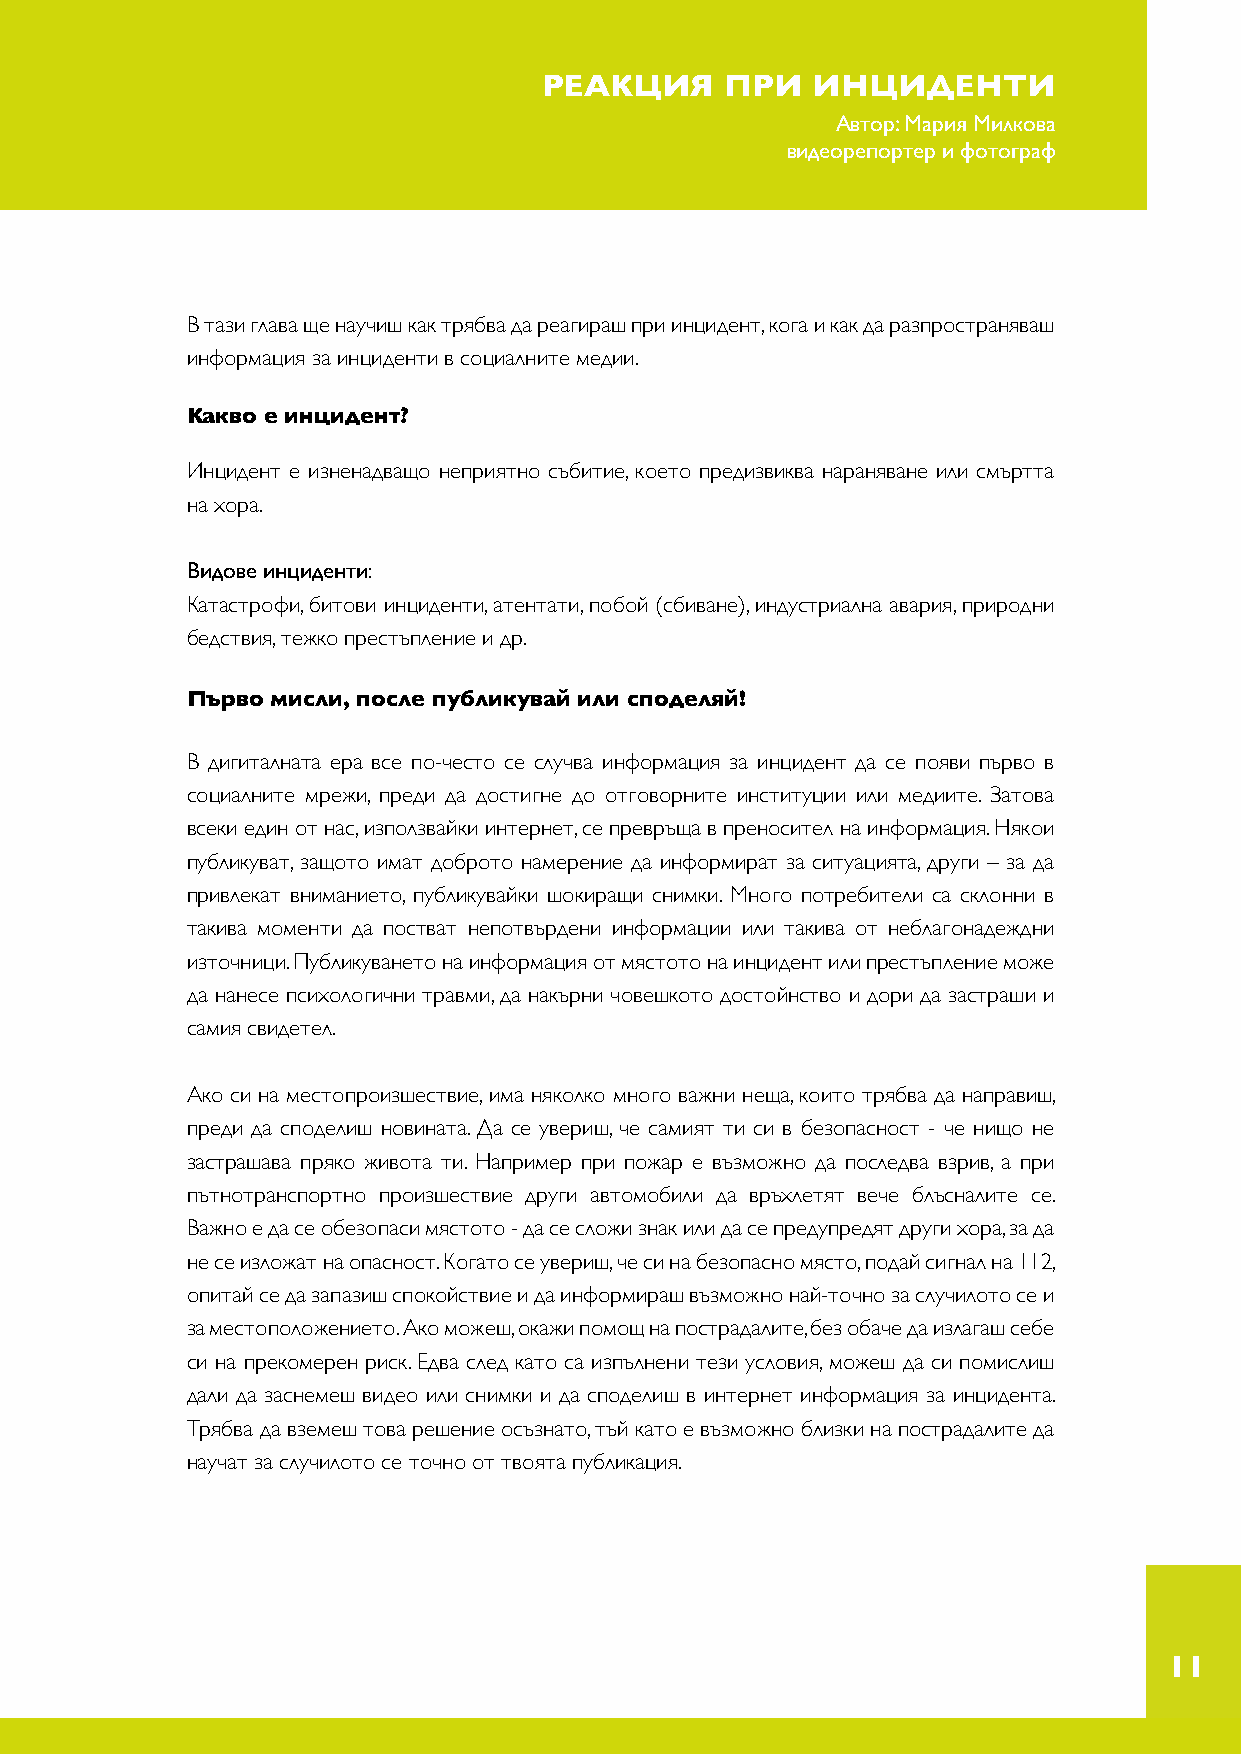
РЕАКЦИЯ     ПРИ   ИНЦИДЕНТИ
 Автор: Мария Милкова
 видеорепортер и фотограф
 В тази глава ще научиш как трябва да реагираш при инцидент, кога и как да разпространяваш
 информация за инциденти в социалните медии.
 Какво е инцидент?
 Инцидент е изненадващо неприятно събитие, което предизвиква нараняване или смъртта
 на хора.
 Видове инциденти:
 Катастрофи, битови инциденти, атентати, побой (сбиване), индустриална авария, природни
 бедствия, тежко престъпление и др.
 Първо мисли, после публикувай или споделяй!
 В дигиталната ера все по-често се случва информация за инцидент да се появи първо в
 социалните мрежи, преди да достигне до отговорните институции или медиите. Затова
 всеки един от нас, използвайки интернет, се превръща в преносител на информация. Някои
 публикуват, защото имат доброто намерение да информират за ситуацията, други – за да
 привлекат вниманието, публикувайки шокиращи снимки. Много потребители са склонни в
 такива моменти да постват непотвърдени информации или такива от неблагонадеждни
 източници. Публикуването на информация от мястото на инцидент или престъпление може
 да нанесе психологични травми, да накърни човешкото достойнство и дори да застраши и
 самия свидетел.
 Ако си на местопроизшествие, има няколко много важни неща, които трябва да направиш,
 преди да споделиш новината. Да се увериш, че самият ти си в безопасност - че нищо не
 застрашава пряко живота ти. Например при пожар е възможно да последва взрив, а при
 пътнотранспортно произшествие други автомобили да връхлетят вече блъсналите се.
 Важно е да се обезопаси мястото - да се сложи знак или да се предупредят други хора, за да
 не се изложат на опасност. Когато се увериш, че си на безопасно място, подай сигнал на 112,
 опитай се да запазиш спокойствие и да информираш възможно най-точно за случилото се и
 за местоположението. Ако можеш, окажи помощ на пострадалите, без обаче да излагаш себе
 си на прекомерен риск. Едва след като са изпълнени тези условия, можеш да си помислиш
 дали да заснемеш видео или снимки и да споделиш в интернет информация за инцидента.
 Трябва да вземеш това решение осъзнато, тъй като е възможно близки на пострадалите да
 научат за случилото се точно от твоята публикация.
 11